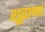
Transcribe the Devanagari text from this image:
शूद्राणां